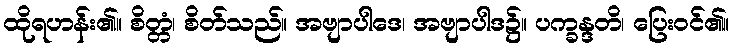
ထိုရဟန်း၏။ စိတ္တံ၊ စိတ်သည်။ အဗျာပါဒေ၊ အဗျာပါဒ၌။ ပက္ခန္ဒတိ၊ ပြေးဝင်၏။